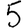
Digit: 5